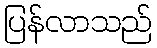
ပြန်လာသည်